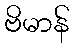
ဗိမာန်